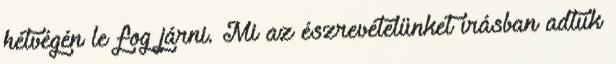
hétvégén le fog járni. Mi az észrevételünket írásban adtuk